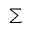
\textstyle \sum